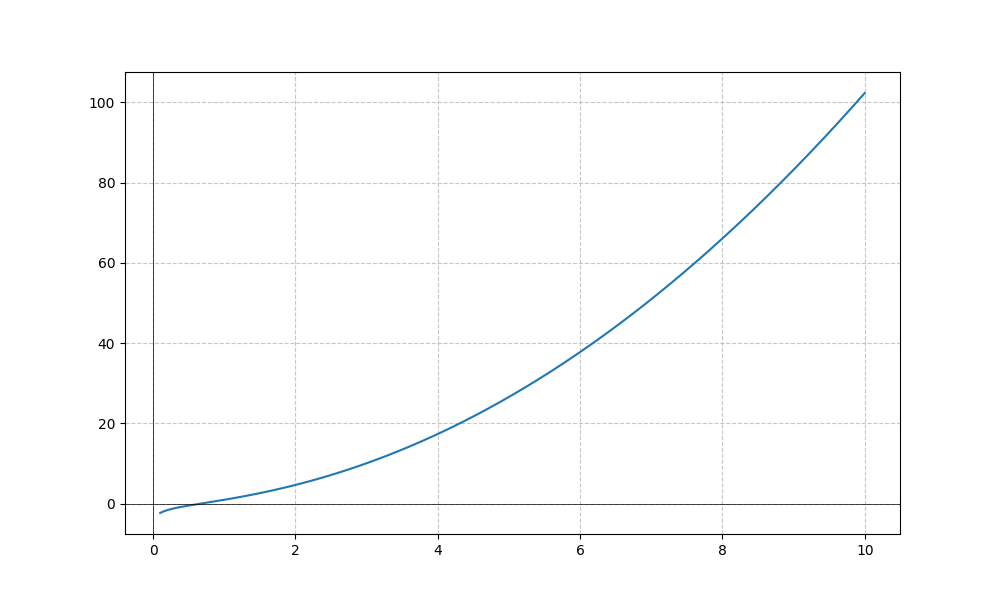
LaTeX formula: x^{2} + \log{\left(x \right)}